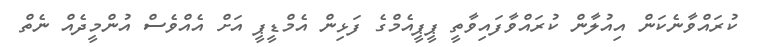
ކުރައްވާނެކަން އިއުލާން ކުރައްވާފައިވާތީ ޕީޕީއެމްގެ ފަޅިން އެމްޑީޕީ އަށް އެއްވެސް އުންމީދެއް ނެތް